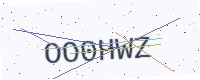
Text: OO0HWZ